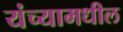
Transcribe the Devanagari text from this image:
यंच्यामधील